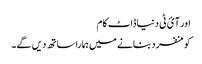
اور آئ ٹی دنیا ڈاٹ کام
کو منفرد بنانے میں ہمارا ساتھ دیں گے۔